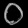
Digit: ၀